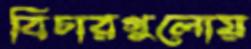
বিচারগুলোয়